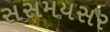
સસમયસર